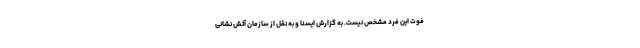
فوت این فرد مشخص نیست. به گزارش ایسنا و به نقل از سازمان آتش نشانی